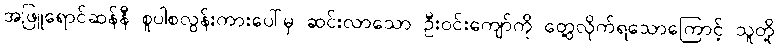
အဖြူရောင်ဆန်နီ စူပါစလွန်းကားပေါ်မှ ဆင်းလာသော ဦးဝင်းကျော်ကို တွေ့လိုက်ရသောကြောင့် သူတို့